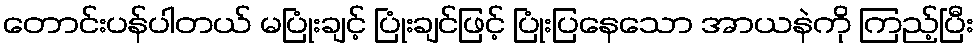
တောင်းပန်ပါတယ် မပြုံးချင့် ပြုံးချင်ဖြင့် ပြုံးပြနေသော အာယနဲကို ကြည့်ပြီး